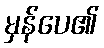
မှန်ပေ၏